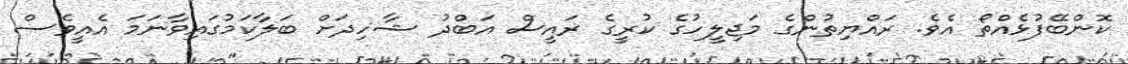
ކޮންބޭފުޅެއްތޯ އެވެ. ރައްޔިތުންގެ މަޖިލީހުގެ ކުރީގެ ރައީސް އަބްދު ޝާހިދަށް ބަލާކަމުގައިވާނަމަ އެއީވެސް